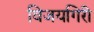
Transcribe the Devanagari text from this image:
विजयगिरी